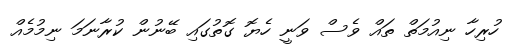
ހުރިހާ ނިއުމަތް ތައް ވެސް ވަނީ ހެޔޮ ގޮތުގައި ބޭނުން ކުރާނަމަ ނިމުމެއް